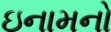
ઇનામનો